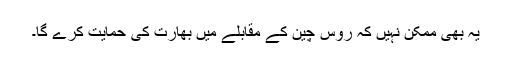
یہ بھی ممکن نہیں کہ روس چین کے مقابلے میں بھارت کی حمایت کرے گا۔